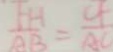
\frac { F H } { A B } = \frac { C F } { A C }